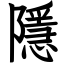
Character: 隱